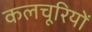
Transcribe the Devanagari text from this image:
कलचूरियों